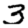
Digit: 3